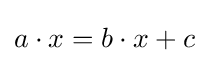
a\cdot x=b\cdot x+c